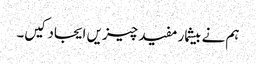
ہم نے بیشمار مفید چیزیں ایجاد کیں۔